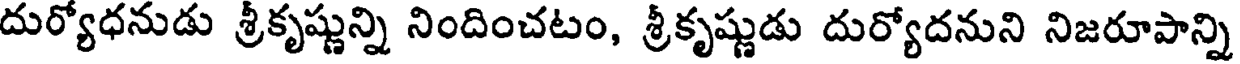
దుర్యోధనుడు శ్రీకృష్ణున్ని నిందించటం, శ్రీకృష్ణుడు దుర్యోదనుని నిజరూపాన్ని